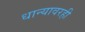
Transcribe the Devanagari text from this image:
धान्यावरही